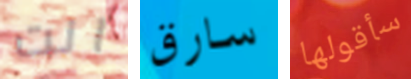
انت سارق سأقولها